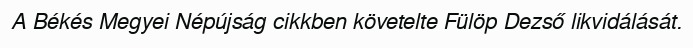
A Békés Megyei Népújság cikkben követelte Fülöp Dezső likvidálását.